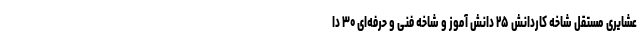
عشایری مستقل شاخه کاردانش ۲۵ دانش آموز و شاخه فنی و حرفه‌ای ۳۰ دا